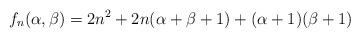
LaTeX: \begin{align*}f_{n}(\alpha,\beta)=2n^{2}+2n(\alpha+\beta+1)+(\alpha+1)(\beta+1)\end{align*}